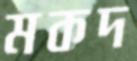
মকদ